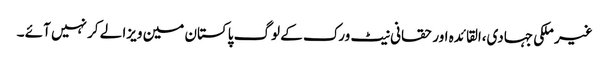
غیر ملکی جہادی،القائدہ اور حقانی نیٹ ورک کے لوگ پاکستان مین ویزا لے کر نہیں آئے ۔